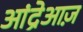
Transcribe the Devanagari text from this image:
आंद्रेआज़